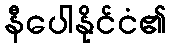
နီပေါနိုင်ငံ၏